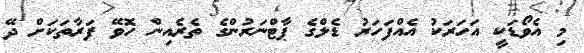
މި އެވޯޑަކީ އަހަރަކު އެއްފަހަރު ޑެލްގެ ޕާޓްނަރުންގެ ތެރެއިން ހޮވޭ ފަރާތަކަށް ދޭ